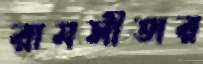
রামসীতার